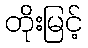
တိုးမြင့်